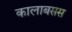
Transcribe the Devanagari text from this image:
कालाबसस